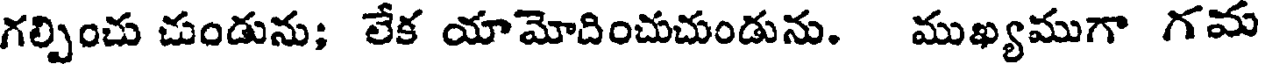
గల్పించు చుండును; లేక యామోదించుచుండును. ముఖ్యముగా గమ